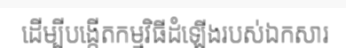
ដើម្បីបង្កើតកម្មវិធីដំឡើងរបស់ឯកសារ